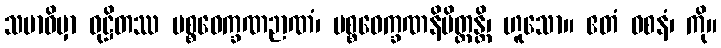
သမာဓိမှာ ဝုဋ္ဌိတဿ ပစ္စဝေက္ခဏဉာဏံ၊ ပစ္စဝေက္ခဏနိမိတ္တန္တိ၊ ဟူသော။ ဧတံ ဝစနံ၊ ကို။